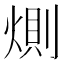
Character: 𭵎